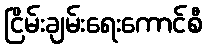
ငြိမ်းချမ်းရေးကောင်စီ